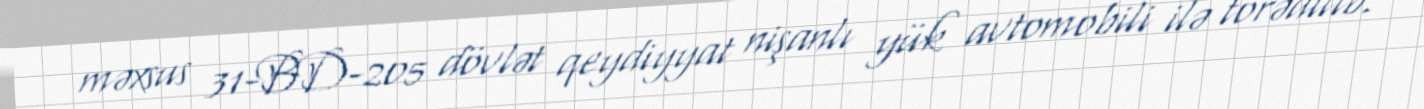
məxsus 31-BD-205 dövlət qeydiyyat nişanlı yük avtomobili ilə törədilib.